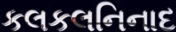
કલકલનિનાદ